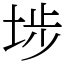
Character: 埗